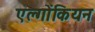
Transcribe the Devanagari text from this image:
एल्गोंकियन